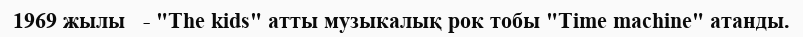
1969 жылы   - "The kids" атты музыкалық рок тобы "Time machine" атанды.